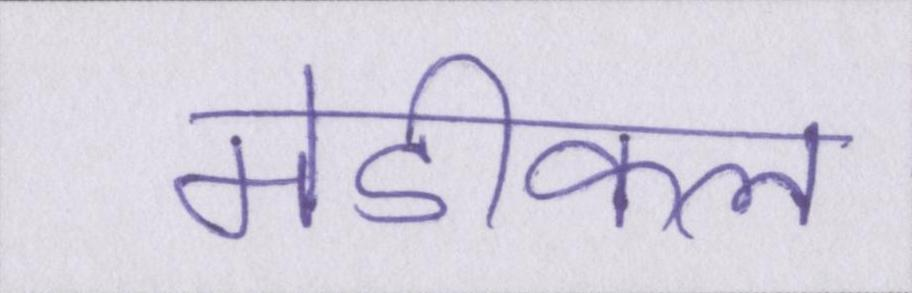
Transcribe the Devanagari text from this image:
मेडीकल